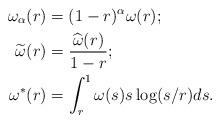
LaTeX: \begin{align*}\omega_\alpha(r)&=(1-r)^\alpha \omega(r);\\\widetilde{\omega}(r)&=\frac{\widehat{\omega}(r)}{1-r}; \\\omega^*(r)&=\int_{r}^1 \omega(s)s\log(s/r)ds.\end{align*}